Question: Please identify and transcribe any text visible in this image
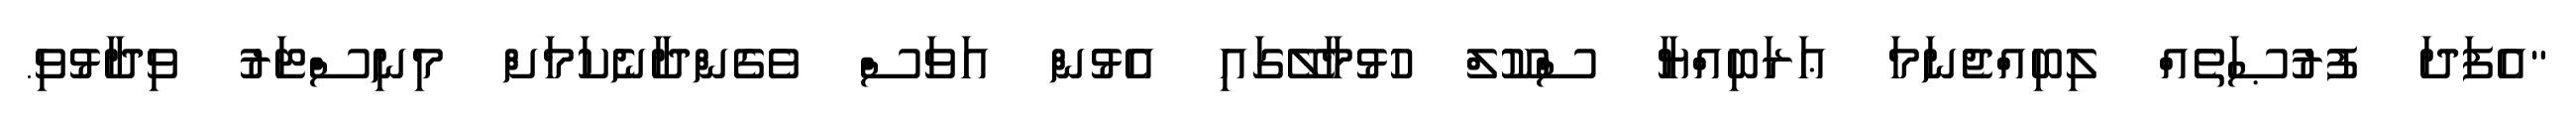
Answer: "އެފަދަ ފުރުޞަތެއް ލިބިއްޖެނަމަ ޢަރަބިއްޔާ ސްކޫލް ހުޅުމާލޭގައި އެޅުން އަވަސް ވެގެންދާނެކަމަށް މިނިސްޓަރު ވިދާޅުވި.